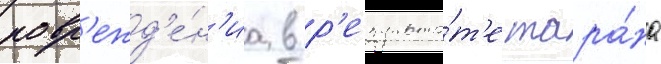
повр'ежд'е́н'иа в р'езульта́т'е тара́на